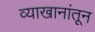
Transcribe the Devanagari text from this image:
व्याखानांतून